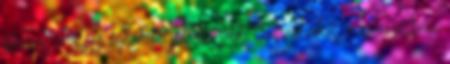
pedig 2-őt az fejlődést jelent, jobb technológiát a borászatban,